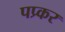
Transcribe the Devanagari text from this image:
पप्र्कर